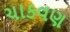
ચાકવણ